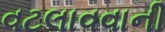
વટલાવવાની